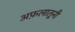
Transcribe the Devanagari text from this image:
अफ़लातूनी